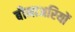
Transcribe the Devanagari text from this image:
बीमाअरियों